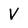
Character: v